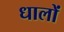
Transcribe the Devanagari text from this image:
धालों